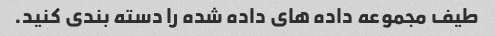
طیف مجموعه داده های داده شده را دسته بندی کنید.